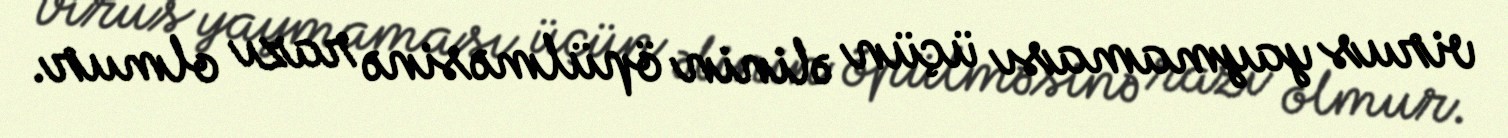
virus yaymaması üçün əlinin öpülməsinə razı olmur.